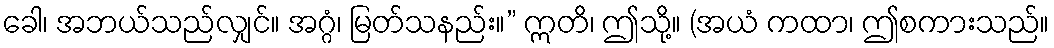
ခေါ၊ အဘယ်သည်လျှင်။ အဂ္ဂံ၊ မြတ်သနည်း။” ဣတိ၊ ဤသို့။ (အယံ ကထာ၊ ဤစကားသည်။